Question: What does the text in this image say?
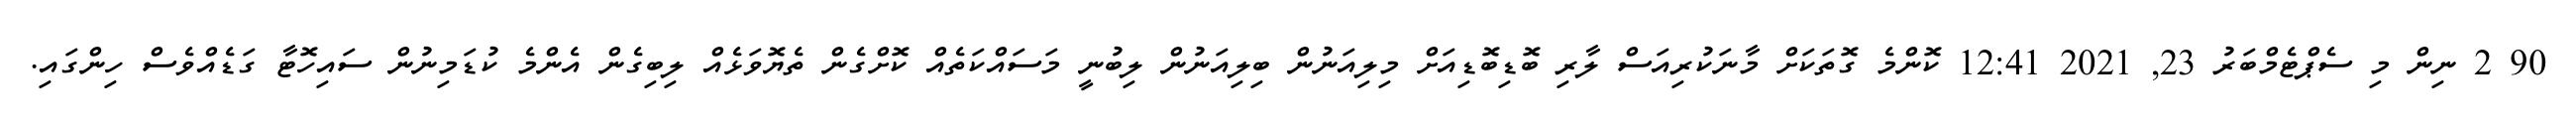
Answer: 90 2 ނިން މި ސެޕްޓެމްބަރު 23, 2021 12:41 ކޮންމެ ގޮތަކަށް މާނަކުރިއަސް ލާރި ބޮޑިބޮޑިއަށް މިލިއަނުން ބިލިއަނުން ލިބުނީ މަސައްކަތެއް ކޮށްގެން ތެޔޮވަޅެއް ލިބިގެން އެންމެ ކުޑަމިނުން ސައިހޮޓާ ގަޑެއްވެސް ހިންގައި.